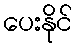
ပေးနိုင်